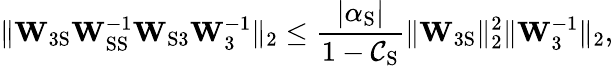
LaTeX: \lVert\mathbf{W}_{\mathrm{3S}}\mathbf{W}_{\mathrm{SS}}^{-1}\mathbf{W}_{\mathrm{S3}}\mathbf{W}_{3}^{-1}\rVert_{2}\leq\frac{|\alpha_{\mathrm{S}}|}{1-\mathcal{C}_{\mathrm{S}}}\lVert\mathbf{W}_{\mathrm{3S}}\rVert_{2}^{2}\lVert\mathbf{W}_{3}^{-1}\rVert_{2},